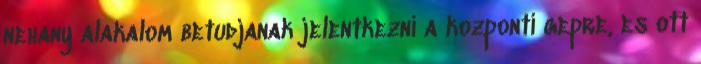
nehany alakalom betudjanak jelentkezni a kozponti gepre, es ott